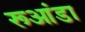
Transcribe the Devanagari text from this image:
रूआंडा